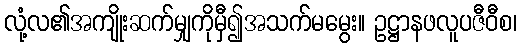
လုံ့လ၏အကျိုးဆက်မျှကိုမှီ၍အသက်မမွေး။ ဥဋ္ဌာနဖလူပဇီဝီစ၊